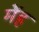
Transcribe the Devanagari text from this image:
मेंह